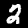
Digit: 2